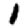
Digit: 1